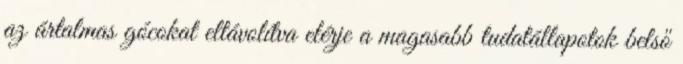
az ártalmas gócokat eltávolítva elérje a magasabb tudatállapotok belső